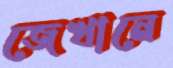
জেখানে